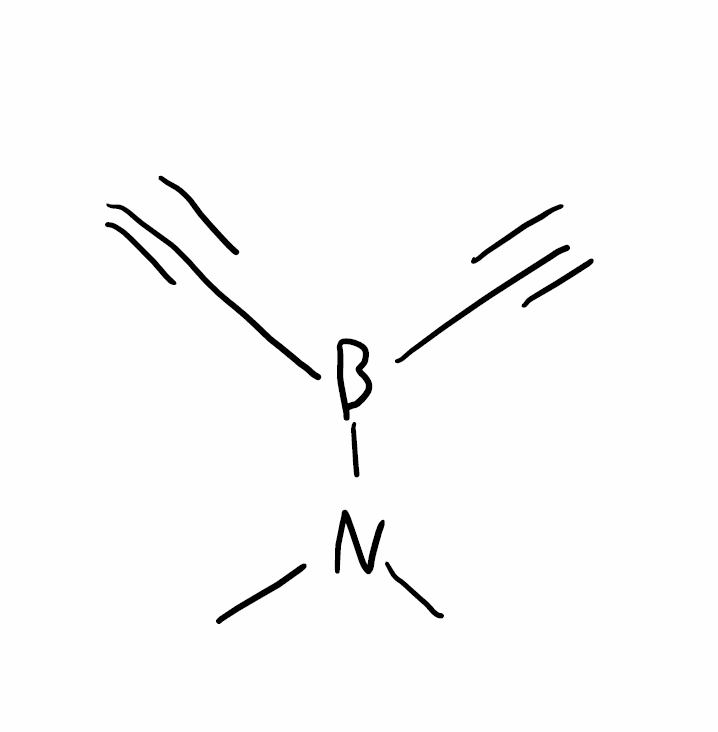
Simplified molecular-input line-entry system (SMILES) notation of the given molecule:
B(C#C)(C#C)N(C)C